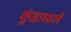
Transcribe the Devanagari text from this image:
कुंडासाले